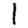
Digit: 1